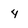
Character: 4